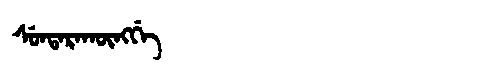
Manchu: ᠰᡠᠨᡨᠠᡵᠠᡴᡡᠩᡤᡝ
Romanization: SUNTARAKŪNGGE